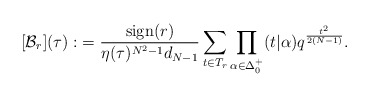
\begin{align*} [\mathcal B_r](\tau) :&= \frac{\mathrm{sign}(r)}{\eta(\tau)^{N^2-1}d_{N-1}} \sum_{t\in T_r} \prod_{\alpha\in{\Delta_0^+}} (t|\alpha)q^{\frac{t^2}{2(N-1)}}.\end{align*}